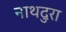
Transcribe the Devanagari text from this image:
नाथदुरा